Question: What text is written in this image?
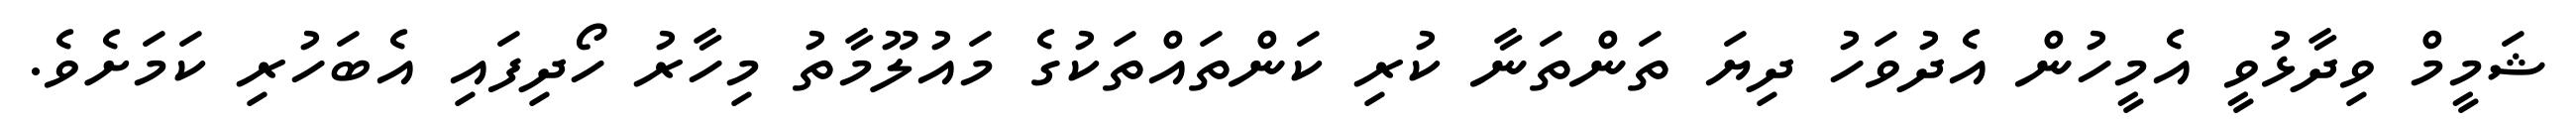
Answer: ޝަމީމް ވިދާޅުވީ އެމީހުން އެދުވަހު ދިޔަ ތަންތަނާ ކުރި ކަންތައްތަކުގެ މައުލޫމާތު މިހާރު ހޯދިފައި އެބަހުރި ކަމަށެވެ.